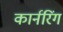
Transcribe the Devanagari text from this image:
कार्नरिंग